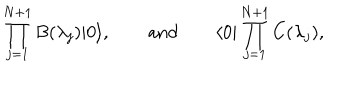
\prod _ { j = 1 } ^ { N + 1 } B ( \lambda _ { j } ) | 0 \rangle , \qquad \mathrm { a n d } \qquad \langle 0 | \prod _ { j = 1 } ^ { N + 1 } C ( \lambda _ { j } ) ,